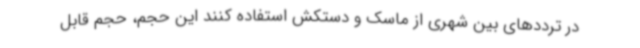
در ترددهای بین شهری از ماسک و دستکش استفاده کنند این حجم، حجم قابل